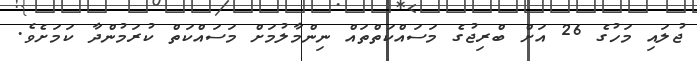
ޖުލައި މަހުގެ 26 އަށް ބްރިޖުގެ މަސައްކަތްތައް ނިންމާލުމަށް މަަސައްކަތް ކުރަމުންދާ ކަމަށެވެ.